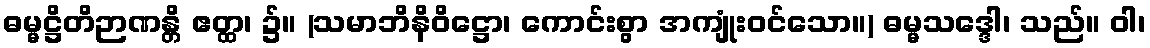
ဓမ္မဋ္ဌိတိဉာဏန္တိ ဧတ္ထ၊ ၌။ (သမာဘိနိဝိဋ္ဌော၊ ကောင်းစွာ အကျုံးဝင်သော။) ဓမ္မသဒ္ဒေါ၊ သည်။ ဝါ၊